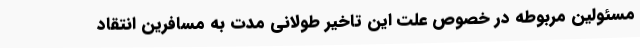
مسئولین مربوطه در خصوص علت این تاخیر طولانی مدت به مسافرین انتقاد